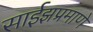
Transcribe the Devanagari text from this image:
साईझप्रमाणे